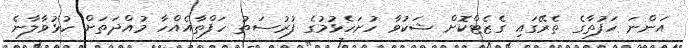
އަންނަ ހަފުތާގެ ތެރޭގައި ގެޒެޓްކޮށް ޝަކުވާ ހުށަހެޅުމުގެ ފުރުސަތު ހަފްތާއެއްހާ މުއްދަތަށް ހުޅުވާލާނެ